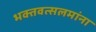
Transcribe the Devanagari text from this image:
भक्तवत्सलमांना